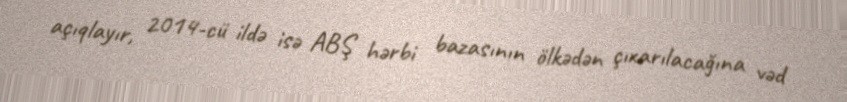
açıqlayır, 2014-cü ildə isə ABŞ hərbi bazasının ölkədən çıxarılacağına vəd